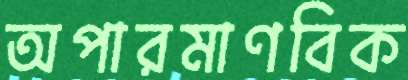
অপারমাণবিক